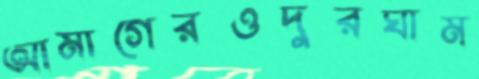
আমাগেরওদুরঘাম